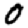
Digit: 0